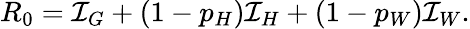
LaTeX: R_{0}=\mathcal I_{G}+(1-p_{H})\mathcal I_{H}+(1-p_{W})\mathcal I_{W}.